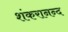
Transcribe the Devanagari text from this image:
शंकरानन्द